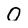
Character: 0